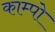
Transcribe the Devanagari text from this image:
काम्पो